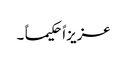
عزیزاً حکیما ً ۔